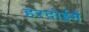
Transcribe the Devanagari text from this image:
हरदोईमें